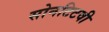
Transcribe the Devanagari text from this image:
सोनटिटवी